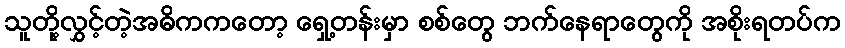
သူတို့လွှင့်တဲ့အဓိကကတော့ ရှေ့တန်းမှာ စစ်တွေ ဘက်နေရာတွေကို အစိုးရတပ်က